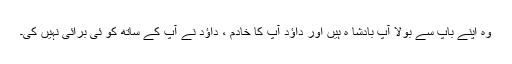
وہ اپنے باپ سے بولا آپ بادشا ہ ہیں اور داؤد آپ کا خادم ، داؤد نے آپ کے ساتھ کو ئی بُرائی نہیں کی۔